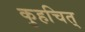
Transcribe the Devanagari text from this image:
कुहचित्